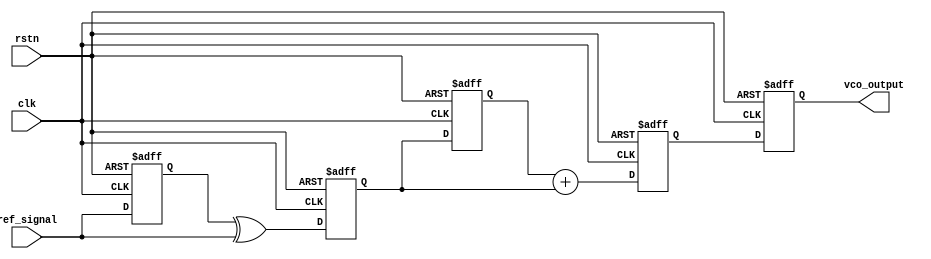
module CTPLL (
    input wire clk,          // System Clock
    input wire rstn,        // Active low Reset
    input wire ref_signal,   // Reference Frequency Input
    output reg vco_output    // Output of the VCO
);

// Parameters
parameter PHASE_ERR_WIDTH = 8; // Width of the phase error signal
parameter VCO_FREQ_WIDTH = 8;   // Width of the VCO frequency control

// Internal Signals
reg [PHASE_ERR_WIDTH-1:0] phase_error; // Phase Error Signal
reg [VCO_FREQ_WIDTH-1:0] vco_control;   // Control Voltage for VCO
reg [3:0] loop_filter_state;            // Loop Filter State
reg ref_signal_d;                       // Delayed Reference Signal
reg vco_feedback;                       // Feedback signal from VCO
 
// Phase Detector
always @(posedge clk or negedge rstn) begin
    if (!rstn) begin
        phase_error <= 0;
        ref_signal_d <= 1'b0;
    end else begin
        ref_signal_d <= ref_signal; // Delay ref by 1 clock cycle
        phase_error <= ref_signal_d ^ ref_signal; // Simple XOR phase detector
    end
end

// Loop Filter (Simplified Second Order)
always @(posedge clk or negedge rstn) begin
    if (!rstn) begin
        vco_control <= 0;
        loop_filter_state <= 4'b0000;
    end else begin
        // Simple integration and filtering logic
        loop_filter_state <= {loop_filter_state[2:0], phase_error[0]};
        vco_control <= loop_filter_state[3:0] + phase_error[0]; // Basic filter update
    end
end

// Voltage Controlled Oscillator (VCO)
always @(posedge clk or negedge rstn) begin
    if (!rstn) begin
        vco_output <= 0;
    end else begin
        // Simple frequency modulated VCO logic based on control voltage
        vco_feedback <= vco_output; // Feedback VCO output to phase detector
        vco_output <= vco_control[0]; // Output determined by lowest control bit
    end
end

endmodule